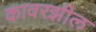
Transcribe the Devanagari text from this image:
कावरझील